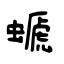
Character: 螔